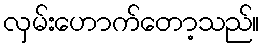
လှမ်းဟောက်တော့သည်။